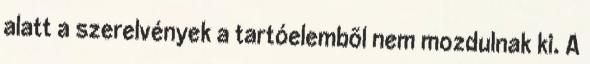
alatt a szerelvények a tartóelembõl nem mozdulnak ki. A